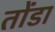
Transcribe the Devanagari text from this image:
तोंडा